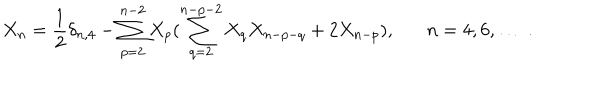
X _ { n } = \frac { 1 } { 2 } \delta _ { n , 4 } - \sum _ { p = 2 } ^ { n - 2 } X _ { p } ( \sum _ { q = 2 } ^ { n - p - 2 } X _ { q } X _ { n - p - q } + 2 X _ { n - p } ) , n = 4 , 6 , \ldots \; .